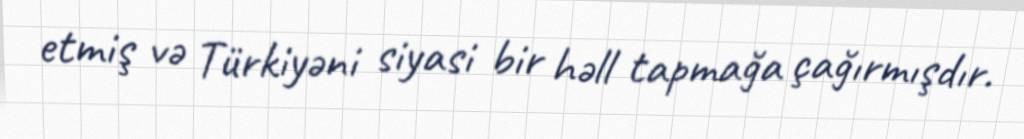
etmiş və Türkiyəni siyasi bir həll tapmağa çağırmışdır.